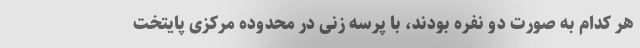
هر کدام به صورت دو نفره بودند، با پرسه زنی در محدوده مرکزی پایتخت